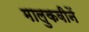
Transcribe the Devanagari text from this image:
मालुकवीनें